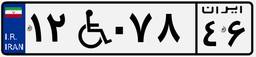
۱۲W۰۷۸۴۶